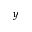
y